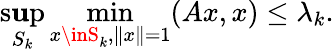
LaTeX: \operatorname*{s\mathbf{u}p}_{S_{k}}\operatorname*{min}_{x\inS_{k},\| x\| =1}(Ax,x)\leq\lambda_{k}.